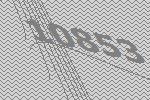
10853